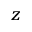
_ { z }